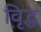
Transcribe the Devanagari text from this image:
वृि़द्ध